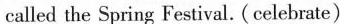
called the Spring Festival. (celebrate)